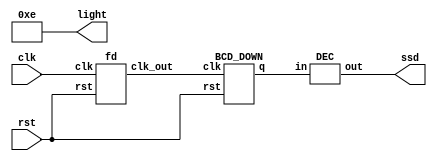
module main(clk, rst, light, ssd);
    input clk;
    input rst;
    output [3:0]light;
    output [7:0]ssd;
    wire [3:0]value;
    wire clk_d;
    
    fd U0(.clk(clk), .rst(rst), .clk_out(clk_d));
    BCD_DOWN U1(.clk(clk_d), .rst(rst), .q(value));
    DEC U2(.in(value), .out(ssd));
    assign light = 4'b1110;
    
endmodule

module fd(clk, rst, clk_out);
    reg [26:0]q;
    input clk;
    input rst;
    output clk_out;
        
    always @(posedge clk or negedge rst) 
        if (~rst) q <= 0;
        else q <= q + 1'b1;
    
    assign clk_out = q[26];
    
endmodule

module BCD_DOWN(clk, rst, q);
    input clk;
    input rst;
    output reg [3:0]q;
    reg [3:0]q_temp;
    
    always @*
        if (q == 4'b0000) q_temp = 4'b1001;
        else q_temp = q - 1'b1;
        
    always @(posedge clk or negedge rst)
        if (~rst) q <= 4'b0000;
        else q <= q_temp;
    
endmodule

`define SS_0 8'b00000011
`define SS_1 8'b10011111
`define SS_2 8'b00100101
`define SS_3 8'b00001101
`define SS_4 8'b10011001
`define SS_5 8'b01001001
`define SS_6 8'b01000001
`define SS_7 8'b00011111
`define SS_8 8'b00000001
`define SS_9 8'b00001001

module DEC(in, out);
    input [3:0]in;
    output reg [7:0]out;
    
    always @*
        case(in)
        4'd0: out = `SS_0;
        4'd1: out = `SS_1;
        4'd2: out = `SS_2;
        4'd3: out = `SS_3;
        4'd4: out = `SS_4;
        4'd5: out = `SS_5;
        4'd6: out = `SS_6;
        4'd7: out = `SS_7;
        4'd8: out = `SS_8;
        4'd9: out = `SS_9;
        default: out = 8'b11111111;
        endcase
endmodule